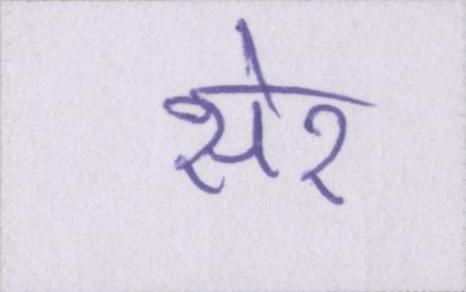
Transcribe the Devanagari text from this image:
सेर